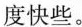
度快些。